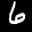
Label: 6